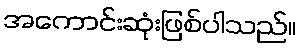
အကောင်းဆုံးဖြစ်ပါသည်။